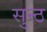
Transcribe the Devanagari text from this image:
सुन्ठ